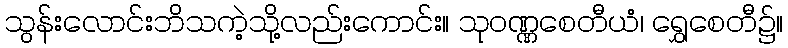
သွန်းလောင်းဘိသကဲ့သို့လည်းကောင်း။ သုဝဏ္ဏစေတီယံ၊ ရွှေစေတီ၌။